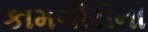
કામગીરીના